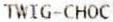
TWIG-CHOC